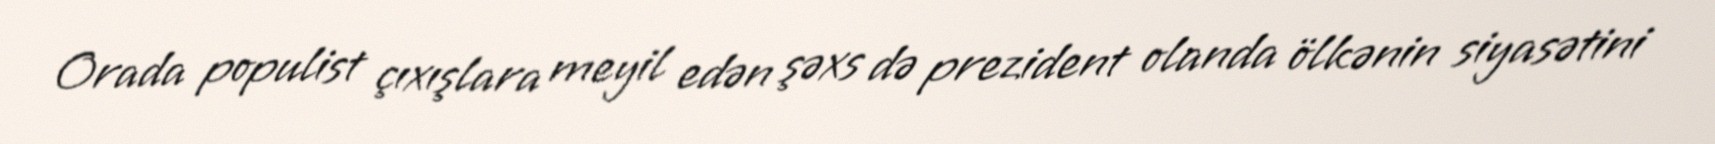
Orada populist çıxışlara meyil edən şəxs də prezident olanda ölkənin siyasətini